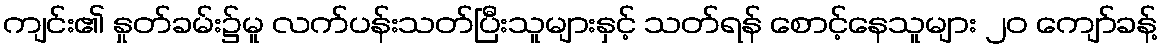
ကျင်း၏ နှုတ်ခမ်း၌မူ လက်ပန်းသတ်ပြီးသူများနှင့် သတ်ရန် စောင့်နေသူများ ၂၀ ကျော်ခန့်